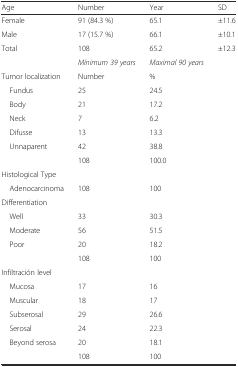
| Age | Number | Year | SD |
 | --- | --- | --- | --- |
 | Female | 91 (84.3 %) | 65.1 | ±11.6 |
 | Male | 17 (15.7 %) | 66.1 | ±10.1 |
 | Total | 108 | 65.2 | ±12.3 |
 |  | Mínimum 39 years | Maximal 90 years |  |
 | Tumor localization | Number | % |  |
 | Fundus | 25 | 24.5 |  |
 | Body | 21 | 17.2 |  |
 | Neck | 7 | 6.2 |  |
 | Difusse | 13 | 13.3 |  |
 | Unnaparent | 42 | 38.8 |  |
 |  | 108 | 100.0 |  |
 | Histological Type |  |  |  |
 | Adenocarcinoma | 108 | 100 |  |
 | Differentiation |  |  |  |
 | Well | 33 | 30.3 |  |
 | Moderate | 56 | 51.5 |  |
 | Poor | 20 | 18.2 |  |
 |  | 108 | 100 |  |
 | Infiltración level |  |  |  |
 | Mucosa | 17 | 16 |  |
 | Muscular | 18 | 17 |  |
 | Subserosal | 29 | 26.6 |  |
 | Serosal | 24 | 22.3 |  |
 | Beyond serosa | 20 | 18.1 |  |
 |  | 108 | 100 |  |